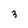
Character: 3